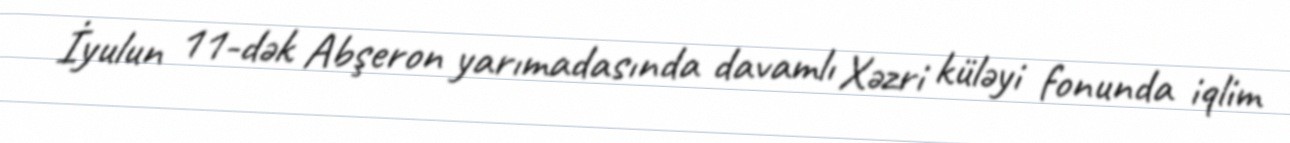
İyulun 11-dək Abşeron yarımadasında davamlı Xəzri küləyi fonunda iqlim